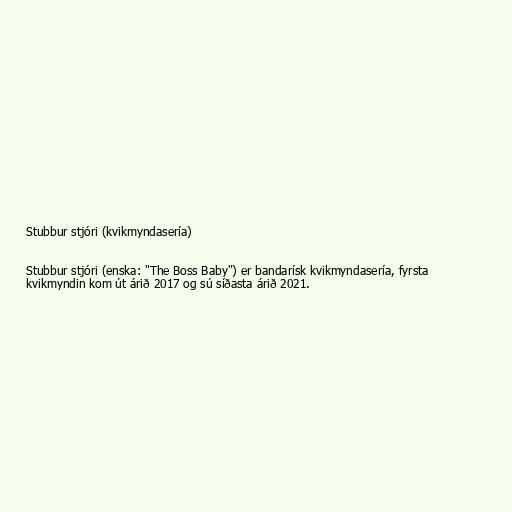
Stubbur stjóri (kvikmyndasería)

Stubbur stjóri (enska: "The Boss Baby") er bandarísk kvikmyndasería, fyrsta
kvikmyndin kom út árið 2017 og sú síðasta árið 2021.